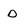
Character: D